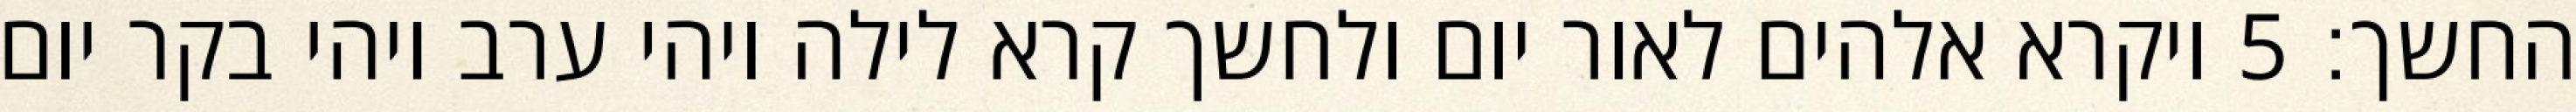
החשך׃ ‎5‏ ויקרא אלהים לאור יום ולחשך קרא לילה ויהי ערב ויהי בקר יום